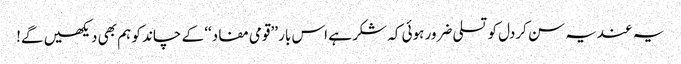
یہ عندیہ سن کردل کو تسلی ضرور ہوئی کہ شکر ہے اس بار ’’قومی مفاد‘‘ کے چاند کو ہم بھی دیکھیں گے!